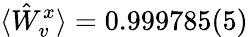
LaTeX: \langle\hat{W}_{v}^{x}\rangle=0.999785(5)